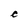
Character: C